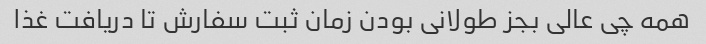
همه چی عالی بجز طولانی بودن زمان ثبت سفارش تا دریافت غذا